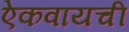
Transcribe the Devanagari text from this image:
ऐकवायची